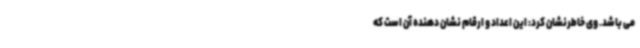
می باشد. وی خاطرنشان کرد: این اعداد و ارقام نشان دهنده آن است که